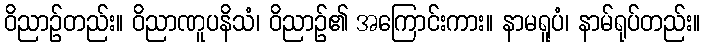
ဝိညာဉ်တည်း။ ဝိညာဏူပနိသံ၊ ဝိညာဉ်၏ အကြောင်းကား။ နာမရူပံ၊ နာမ်ရုပ်တည်း။